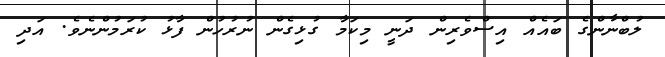
ލުބްނާންގެ ބައެއް އިސްވެރިން ދަނީ މިކަމާ ގުޅިގެން ނުރުހުން ފާޅު ކުރަމުންނެވެ. އަދި